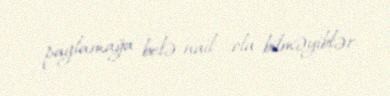
paylamağa belə nail ola bilməyiblər.